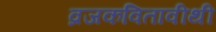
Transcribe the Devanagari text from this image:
व्रजकवितावीथी